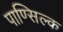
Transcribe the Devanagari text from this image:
पाण्सिल्क